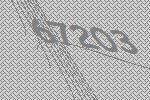
67203